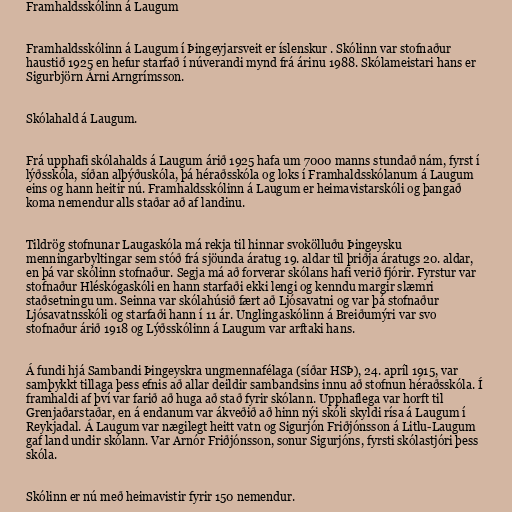
Framhaldsskólinn á Laugum

Framhaldsskólinn á Laugum í Þingeyjarsveit er íslenskur . Skólinn var stofnaður
haustið 1925 en hefur starfað í núverandi mynd frá árinu 1988. Skólameistari hans er
Sigurbjörn Árni Arngrímsson.

Skólahald á Laugum.

Frá upphafi skólahalds á Laugum árið 1925 hafa um 7000 manns stundað nám, fyrst í
lýðsskóla, síðan alþýðuskóla, þá héraðsskóla og loks í Framhaldsskólanum á Laugum
eins og hann heitir nú. Framhaldsskólinn á Laugum er heimavistarskóli og þangað
koma nemendur alls staðar að af landinu.

Tildrög stofnunar Laugaskóla má rekja til hinnar svokölluðu Þingeysku
menningarbyltingar sem stóð frá sjöunda áratug 19. aldar til þriðja áratugs 20. aldar,
en þá var skólinn stofnaður. Segja má að forverar skólans hafi verið fjórir. Fyrstur var
stofnaður Hléskógaskóli en hann starfaði ekki lengi og kenndu margir slæmri
staðsetningu um. Seinna var skólahúsið fært að Ljósavatni og var þá stofnaður
Ljósavatnsskóli og starfaði hann í 11 ár. Unglingaskólinn á Breiðumýri var svo
stofnaður árið 1918 og Lýðsskólinn á Laugum var arftaki hans.

Á fundi hjá Sambandi Þingeyskra ungmennafélaga (síðar HSÞ), 24. apríl 1915, var
samþykkt tillaga þess efnis að allar deildir sambandsins innu að stofnun héraðsskóla. Í
framhaldi af því var farið að huga að stað fyrir skólann. Upphaflega var horft til
Grenjaðarstaðar, en á endanum var ákveðið að hinn nýi skóli skyldi rísa á Laugum í
Reykjadal. Á Laugum var nægilegt heitt vatn og Sigurjón Friðjónsson á Litlu-Laugum
gaf land undir skólann. Var Arnór Friðjónsson, sonur Sigurjóns, fyrsti skólastjóri þess
skóla.

Skólinn er nú með heimavistir fyrir 150 nemendur.